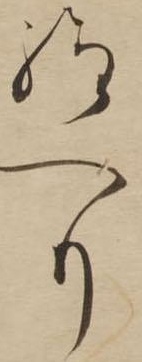
給へり